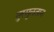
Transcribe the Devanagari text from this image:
नुरसुलतान